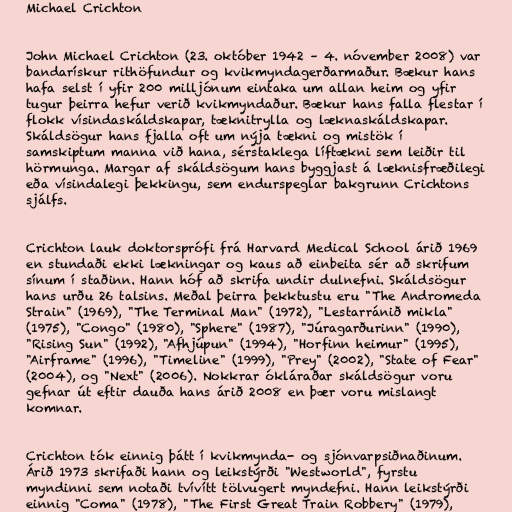
Michael Crichton

John Michael Crichton (23. október 1942 – 4. nóvember 2008) var
bandarískur rithöfundur og kvikmyndagerðarmaður. Bækur hans
hafa selst í yfir 200 milljónum eintaka um allan heim og yfir
tugur þeirra hefur verið kvikmyndaður. Bækur hans falla flestar í
flokk vísindaskáldskapar, tæknitrylla og læknaskáldskapar.
Skáldsögur hans fjalla oft um nýja tækni og mistök í
samskiptum manna við hana, sérstaklega líftækni sem leiðir til
hörmunga. Margar af skáldsögum hans byggjast á læknisfræðilegi
eða vísindalegi þekkingu, sem endurspeglar bakgrunn Crichtons
sjálfs.

Crichton lauk doktorsprófi frá Harvard Medical School árið 1969
en stundaði ekki lækningar og kaus að einbeita sér að skrifum
sínum í staðinn. Hann hóf að skrifa undir dulnefni. Skáldsögur
hans urðu 26 talsins. Meðal þeirra þekktustu eru "The Andromeda
Strain" (1969), "The Terminal Man" (1972), "Lestarránið mikla"
(1975), "Congo" (1980), "Sphere" (1987), "Júragarðurinn" (1990),
"Rising Sun" (1992), "Afhjúpun" (1994), "Horfinn heimur" (1995),
"Airframe" (1996), "Timeline" (1999), "Prey" (2002), "State of Fear"
(2004), og "Next" (2006). Nokkrar ókláraðar skáldsögur voru
gefnar út eftir dauða hans árið 2008 en þær voru mislangt
komnar.

Crichton tók einnig þátt í kvikmynda- og sjónvarpsiðnaðinum.
Árið 1973 skrifaði hann og leikstýrði "Westworld", fyrstu
myndinni sem notaði tvívítt tölvugert myndefni. Hann leikstýrði
einnig "Coma" (1978), "The First Great Train Robbery" (1979),